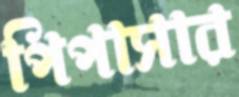
পিপাসার